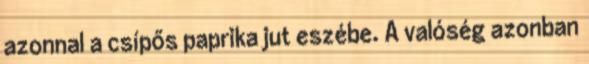
azonnal a csípős paprika jut eszébe. A valóség azonban